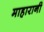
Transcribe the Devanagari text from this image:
माहारानी